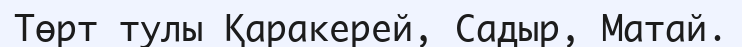
Төрт тулы Қаракерей, Садыр, Матай.